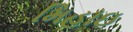
મિહાઇ